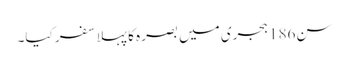
سن186 ہجری میں بصرہ کا پہلا سفر کیا۔